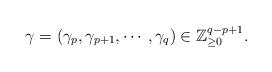
LaTeX: \begin{align*}\gamma=(\gamma_p, \gamma_{p+1}, \cdots, \gamma_q)\in \mathbb{Z}^{q-p+1}_{\ge 0}. \end{align*}